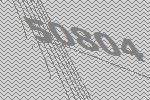
50804